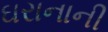
ઘરાનાની